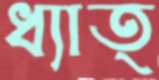
ধ্যাত্